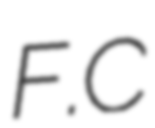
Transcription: F.C